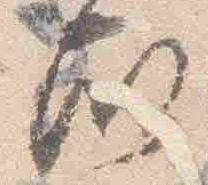
殿